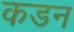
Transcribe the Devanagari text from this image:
कडन